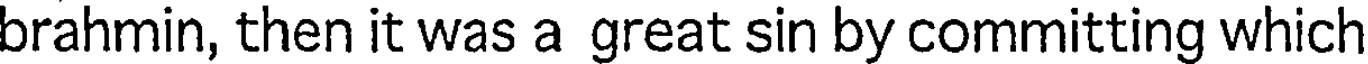
brahmin, then it was a great sin by committing which